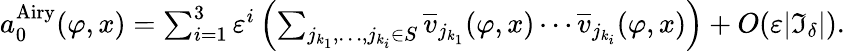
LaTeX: \begin{array}{r}{a_{0}^{\mathrm{Airy}}(\varphi,x)=\sum_{i=1}^{3}\varepsilon^{i}\left(\sum_{j_{k_{1}},\ldots,j_{k_{i}}\in S}\overline{{v}}_{j_{k_{1}}}(\varphi,x)\cdots\overline{{v}}_{j_{k_{i}}}(\varphi,x)\right)+O(\varepsilon|\mathfrak{I}_{\delta}|).}\end{array}